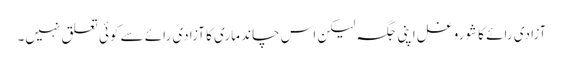
آزادی رائے کا شورو غل اپنی جگہ لیکن اس چاند ماری کا آزادی رائے سے کوئی تعلق نہیں۔